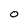
Character: 0